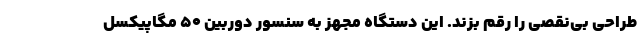
طراحی بی‌نقصی را رقم بزند. این دستگاه مجهز به سنسور دوربین ۵۰ مگاپیکسل